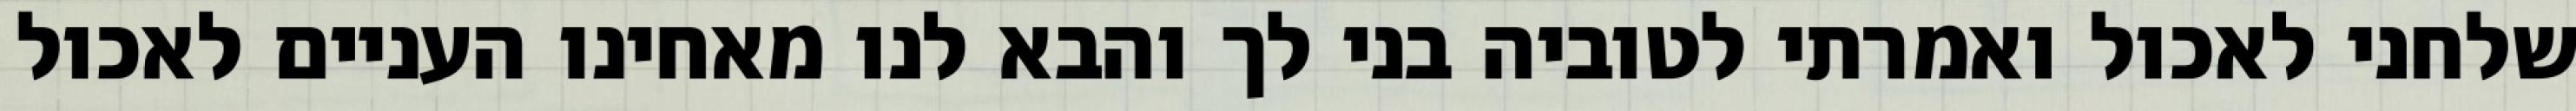
שלחני לאכול ואמרתי לטוביה בני לך והבא לנו מאחינו העניים לאכול